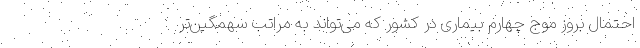
احتمال بروز موج چهارم بیماری در کشور که می‌تواند به مراتب سهمگین‌تر